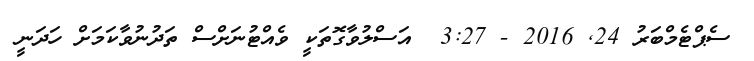
ސެޕްޓެމްބަރު 24